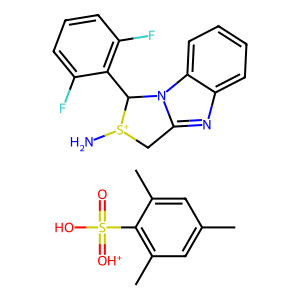
SMILES: Cc1cc(C)c(S(=O)(O)=[OH+])c(C)c1.N[S+]1Cc2nc3ccccc3n2C1c1c(F)cccc1F
Inhibits HIV replication: Yes